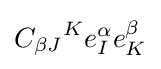
{C_{\beta J}}^{K}e_{I}^{\alpha }e_{K}^{\beta }